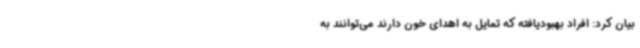
بیان کرد: افراد بهبودیافته که تمایل به اهدای خون دارند می‌توانند به